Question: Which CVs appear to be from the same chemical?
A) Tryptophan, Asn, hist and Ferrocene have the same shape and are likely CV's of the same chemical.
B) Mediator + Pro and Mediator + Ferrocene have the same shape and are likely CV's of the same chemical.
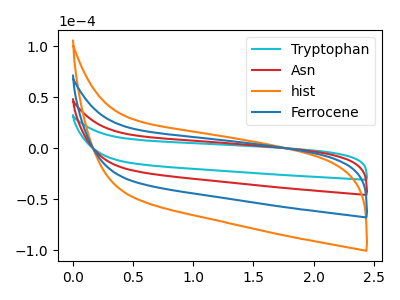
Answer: <think>The cyan curve "Tryptophan" has no peaks. The red curve "Asn" has no peaks. The orange curve "hist" has no peaks. The blue curve "Ferrocene" has no peaks.
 Neither "Tryptophan" or "Asn" have any peaks. Neither "Tryptophan" or "hist" have any peaks. Neither "Tryptophan" or "Ferrocene" have any peaks. Neither "Asn" or "hist" have any peaks. Neither "Asn" or "Ferrocene" have any peaks. Neither "hist" or "Ferrocene" have any peaks.</think>
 <answer>A) "Tryptophan", "Asn", "hist" and "Ferrocene" have the same shape and are likely CV's of the same chemical.</answer>
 <eval>A</eval>